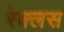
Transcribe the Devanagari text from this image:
रेक्लस